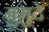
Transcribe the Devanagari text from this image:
मुमुदे